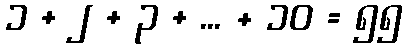
၁ + ၂ + ၃ + ... + ၁၀ = ၅၅